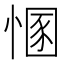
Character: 㥵